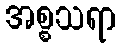
အစ္စသရာ